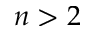
n > 2